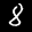
Label: 8